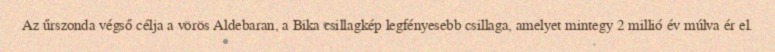
Az űrszonda végső célja a vörös Aldebaran, a Bika csillagkép legfényesebb csillaga, amelyet mintegy 2 millió év múlva ér el.